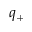
q _ { + }